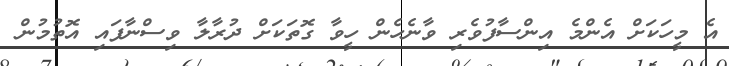
އެ މީހަކަށް އެންމެ އިންސާފުވެރި ވާނެހެން ހީވާ ގޮތަކަށް ދުރާލާ ވިސްނާފައި އޮތުމުން